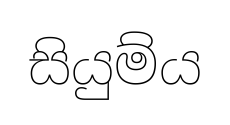
සියුම්ය